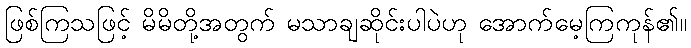
ဖြစ်ကြသဖြင့် မိမိတို့အတွက် မသာချဆိုင်းပါပဲဟု အောက်မေ့ကြကုန်၏။